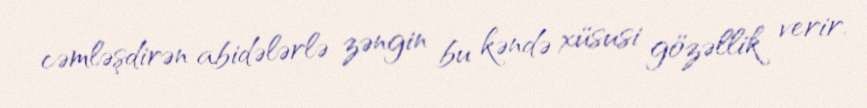
cəmləşdirən abidələrlə zəngin bu kəndə xüsusi gözəllik verir.